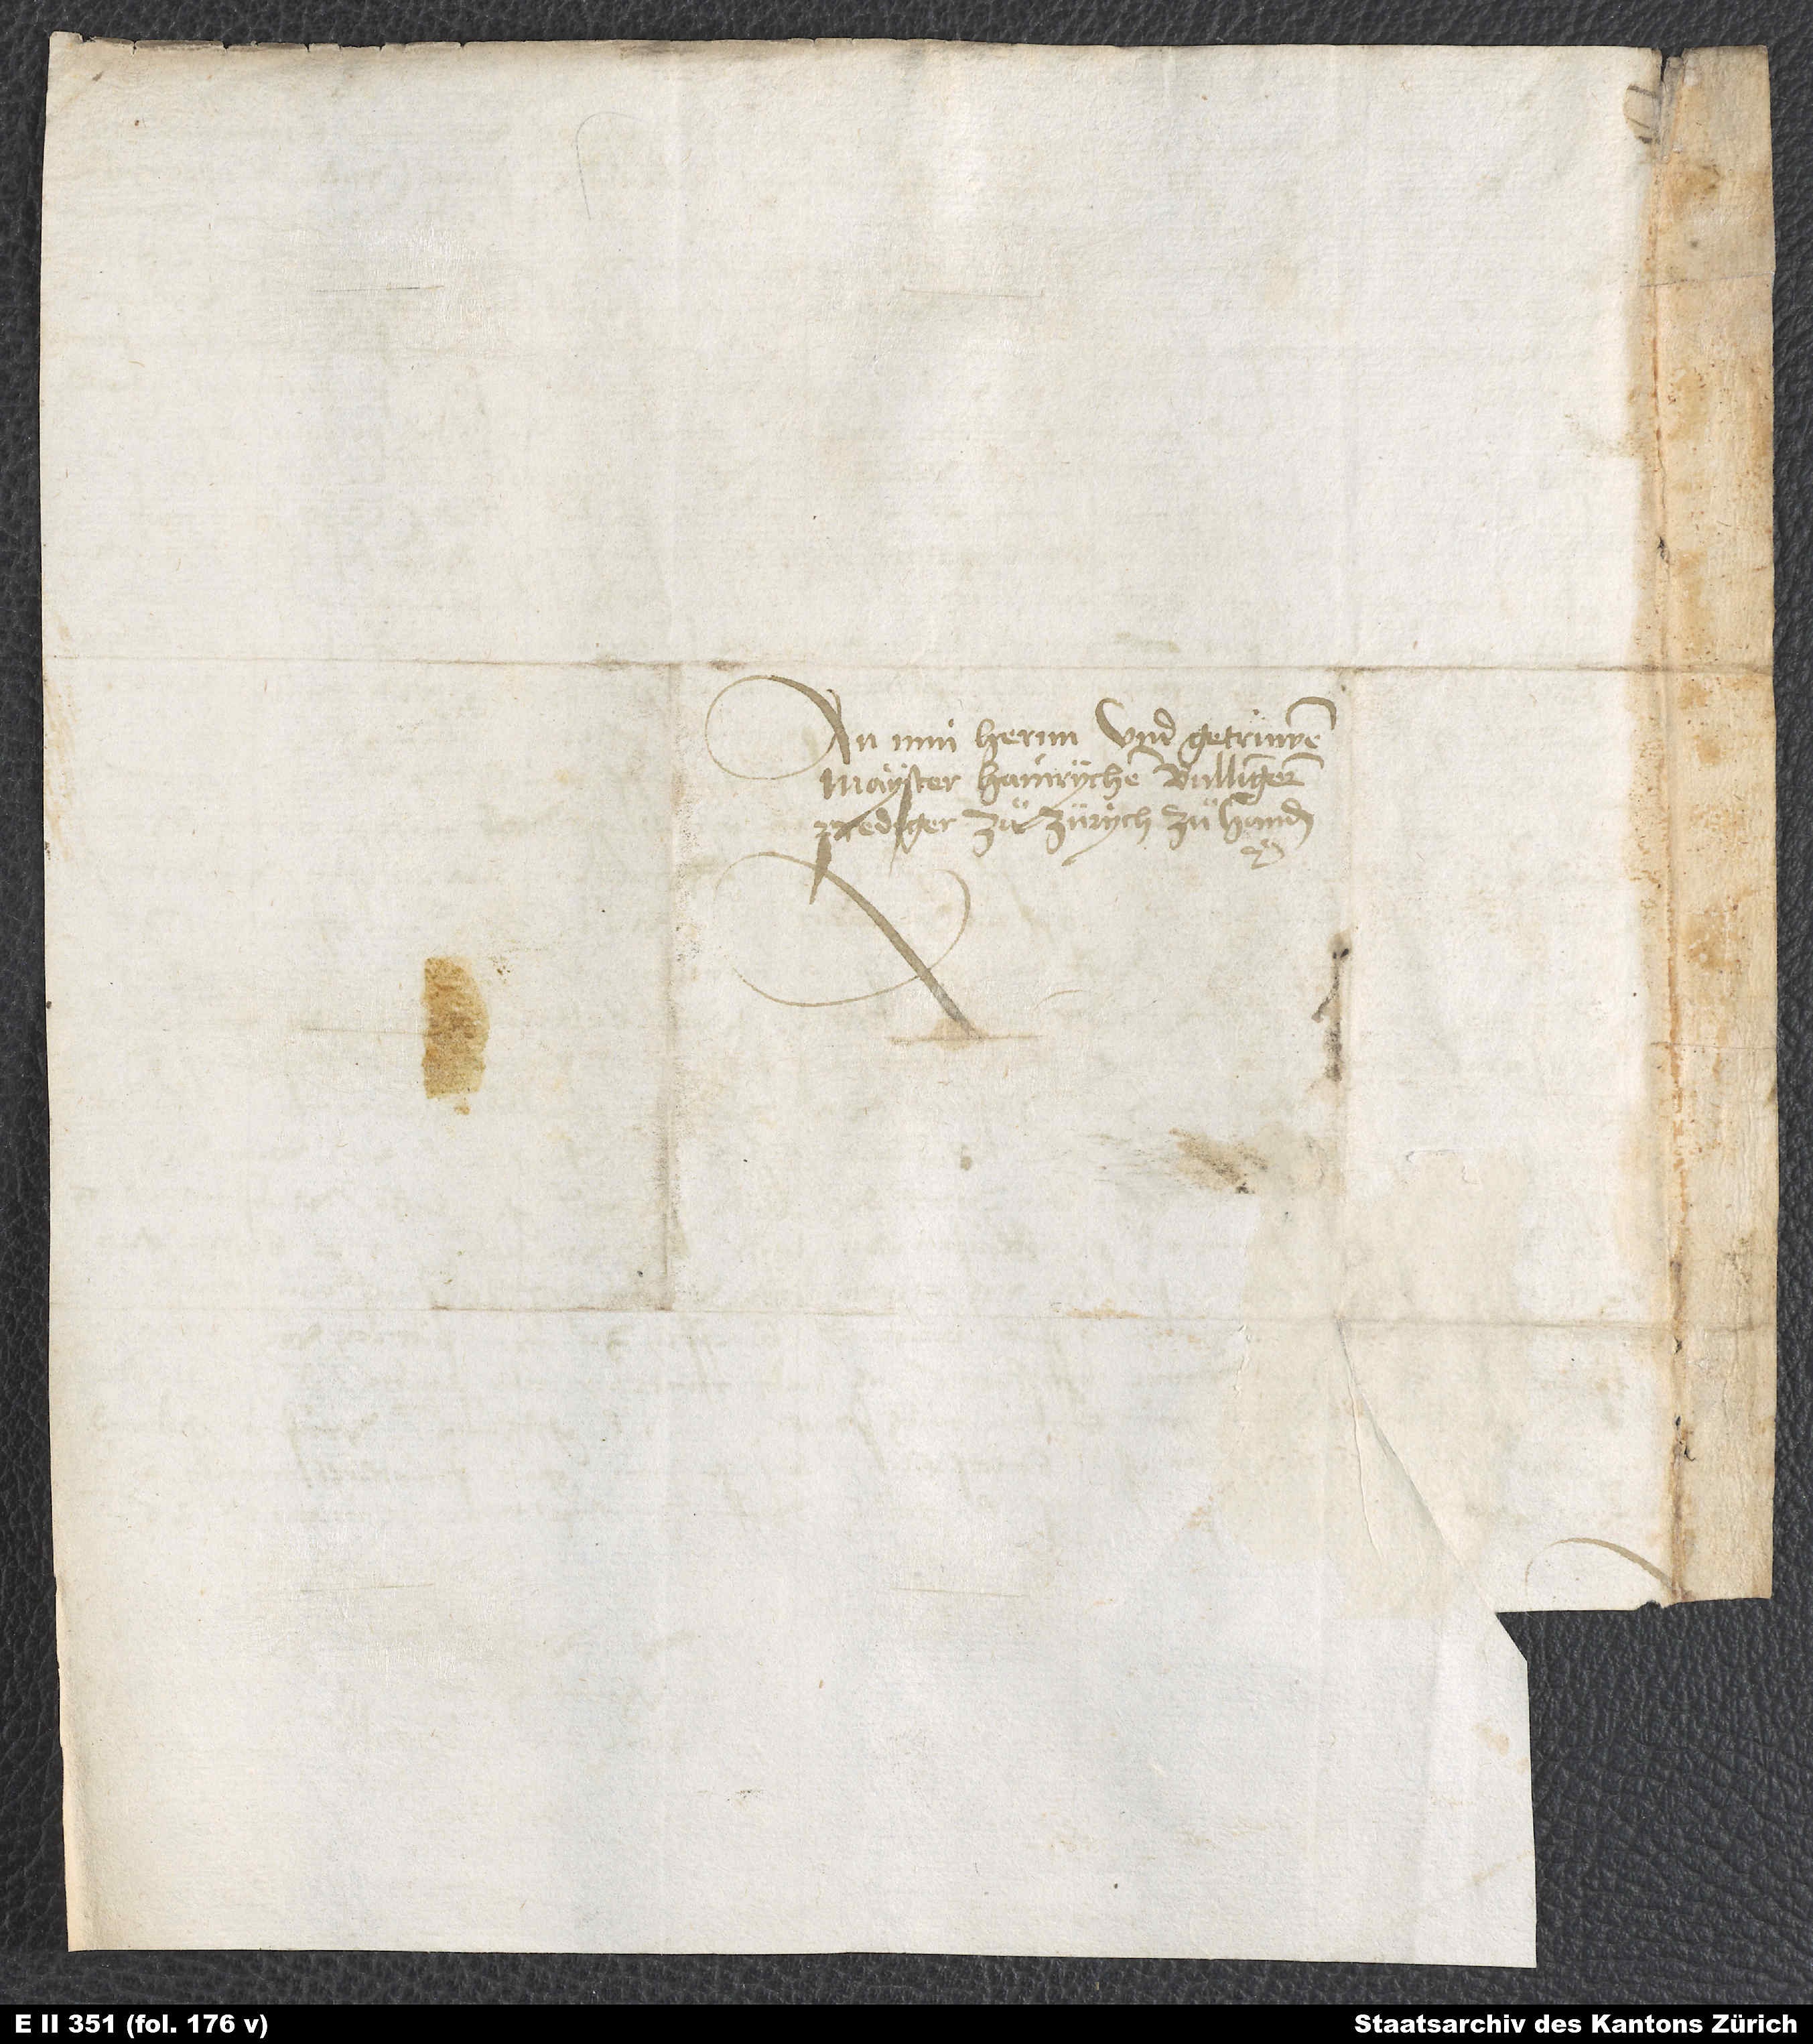
An min hernn und getrüwen
Mayster Hainrychen Bullingern,
prediger zuͦ Zürych, zuͦ handen.